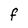
Character: F